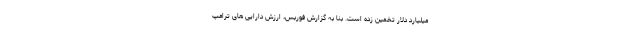
میلیارد دلار تخمین زده است. بنا به گزارش فوربس، ارزش دارایی های ترامپ